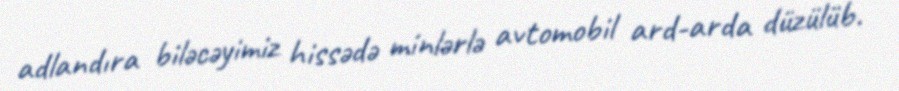
adlandıra biləcəyimiz hissədə minlərlə avtomobil ard-arda düzülüb.